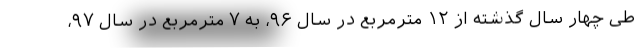
طی چهار سال گذشته از ۱۲ مترمربع در سال ۹۶، به ۷ مترمربع در سال ۹۷،